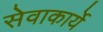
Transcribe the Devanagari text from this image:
सेवाकार्ये